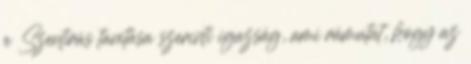
a Szentírás tanítása szerinti igazság, ami rámutat, hogy az